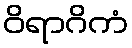
ဝိရာဂိကံ